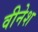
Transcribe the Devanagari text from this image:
वीनेश